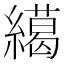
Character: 𦅶